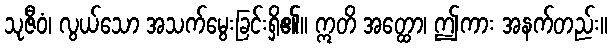
သုဇီဝံ၊ လွယ်သော အသက်မွေးခြင်းရှိ၏။ ဣတိ အတ္ထော၊ ဤကား အနက်တည်း။